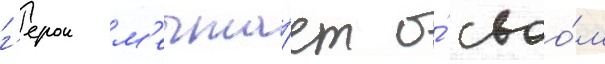
г'ерои м'ечта́ет о́ своо́м